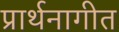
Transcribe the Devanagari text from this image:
प्रार्थनागीत